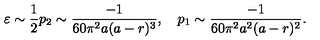
\varepsilon \sim \frac { 1 } { 2 } p _ { 2 } \sim \frac { - 1 } { 6 0 \pi ^ { 2 } a ( a - r ) ^ { 3 } } , \quad p _ { 1 } \sim \frac { - 1 } { 6 0 \pi ^ { 2 } a ^ { 2 } ( a - r ) ^ { 2 } } .